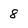
Character: 8